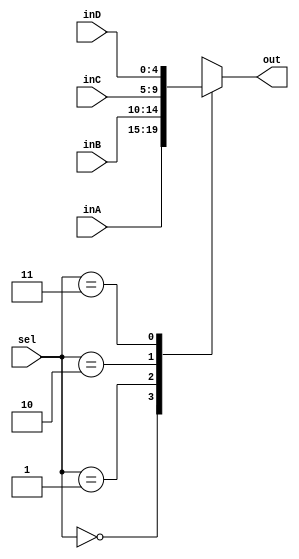
`timescale 1ns / 1ps

////////////////////////////////////////////////////////////////////////////////
// ECE369 - Computer Architecture
// Carlos Perez, Ramos Jiuru Chen
// Module - Mux32Bit2To1.v
// Description - Performs signal multiplexing between 2 32-Bit words.
////////////////////////////////////////////////////////////////////////////////

module Mux5Bit4To1(out, inA, inB, inC, inD, sel);
    
    input [4:0] inA;
    input [4:0] inB;
    input [4:0] inC;
    input [4:0] inD;
    
    output reg [4:0] out;
    input [1:0] sel;

    initial begin 
        out <= 0;
    end

    always @(*) begin
        case (sel)
            2'b00 : begin
                out <= inA;
            end
            2'b01 : begin
                out <= inB;
            end
            2'b10 : begin
                out <= inC;
            end
            2'b11 : begin
                out <= inD;
            end
        endcase
    end
	
endmodule